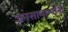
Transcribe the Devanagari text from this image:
जनसामान्यांनी